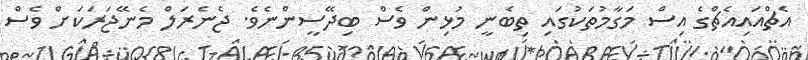
އެޗްއައިއެޗްގެ އިސް މަގާމުތަކުގައި ތިބެނީ މުޅިން ވެސް ބިދޭސީންނެވެ. ޖެނެރަލް މެނޭޖަރަކަށް ވެސް